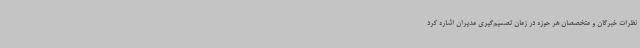
نظرات خبرگان و متخصصان هر حوزه در زمان تصمیم‌گیری مدیران اشاره کرد